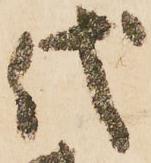
代